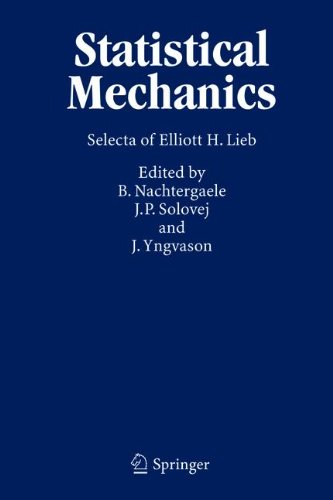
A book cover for Statistical Mechanics: Selecta of Elliott H. Lieb; E.H. Lieb; Science & Math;